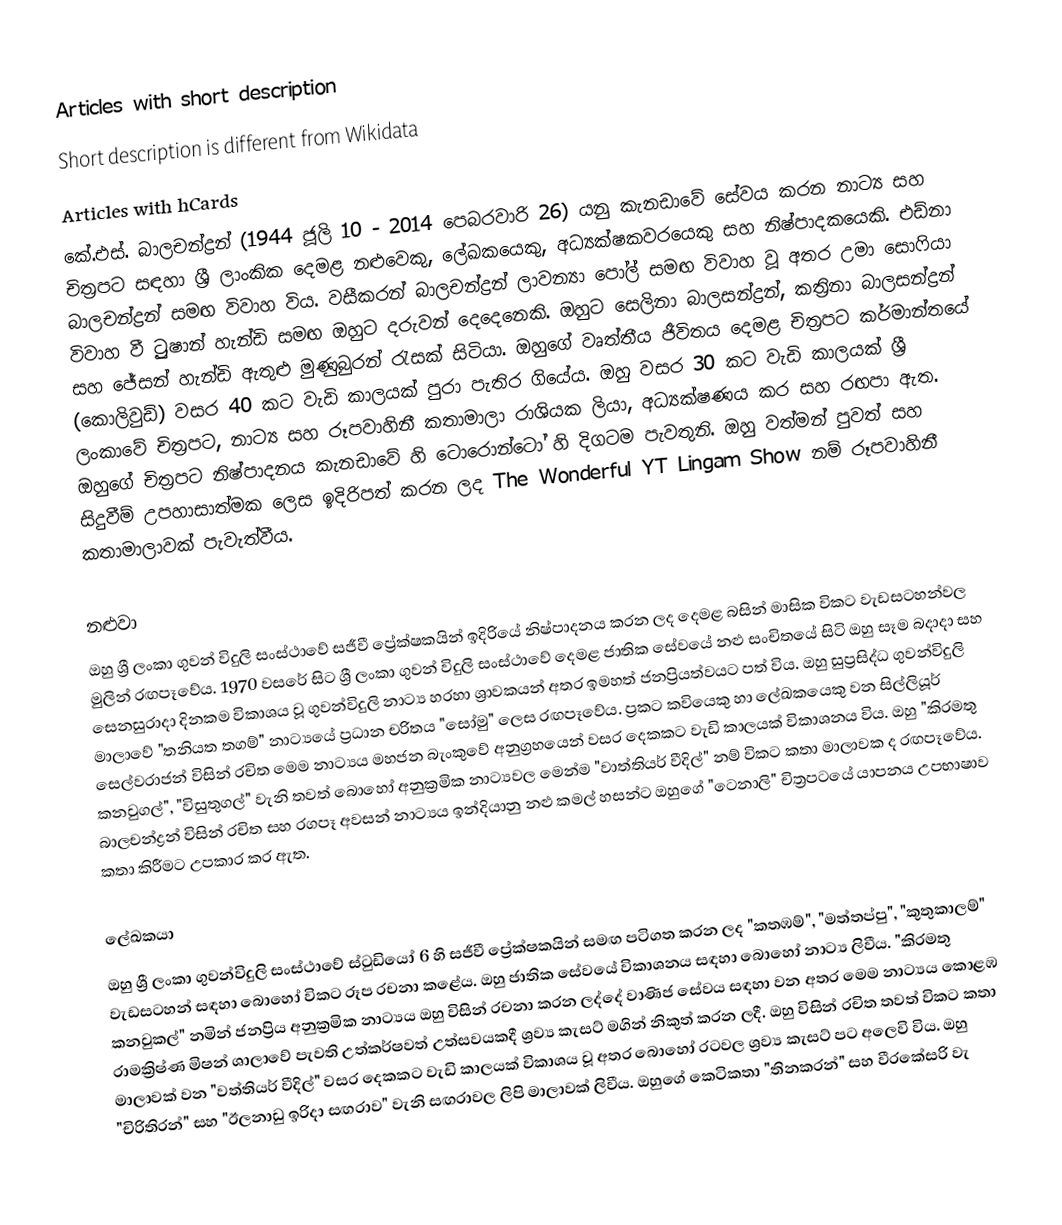
Articles with short description
Short description is different from Wikidata
Articles with hCards
කේ.එස්. බාලචන්ද්‍රන් (1944 ජූලි 10 - 2014 පෙබරවාරි 26) යනු කැනඩාවේ සේවය කරන නාට්‍ය සහ චිත්‍රපට සඳහා ශ්‍රී ලාංකික දෙමළ නළුවෙකු, ලේඛකයෙකු, අධ්‍යක්ෂකවරයෙකු සහ නිෂ්පාදකයෙකි. එඩ්නා බාලචන්ද්‍රන් සමඟ විවාහ විය. වසීකරන් බාලචන්ද්‍රන් ලාවන්‍යා පෝල් සමඟ විවාහ වූ අතර උමා සොෆියා විවාහ වී ට්‍රුෂාන් හැන්ඩි සමඟ ඔහුට දරුවන් දෙදෙනෙකි. ඔහුට සෙලිනා බාලසන්ද්‍රන්, කත්‍රිනා බාලසන්ද්‍රන් සහ ජේසන් හැන්ඩි ඇතුළු මුණුබුරන් රැසක් සිටියා.  ඔහුගේ වෘත්තීය ජීවිතය දෙමළ චිත්‍රපට කර්මාන්තයේ (කොලිවුඩ්) වසර 40 කට වැඩි කාලයක් පුරා පැතිර ගියේය. ඔහු වසර 30 කට වැඩි කාලයක් ශ්‍රී ලංකාවේ චිත්‍රපට, නාට්‍ය සහ රූපවාහිනී කතාමාලා රාශියක ලියා, අධ්‍යක්ෂණය කර සහ රඟපා ඇත. ඔහුගේ චිත්‍රපට නිෂ්පාදනය කැනඩාවේ  හි ටොරොන්ටෝ හි දිගටම පැවතුනි. ඔහු වත්මන් පුවත් සහ සිදුවීම් උපහාසාත්මක ලෙස ඉදිරිපත් කරන ලද The Wonderful YT Lingam Show නම් රූපවාහිනී කතාමාලාවක් පැවැත්වීය.

නළුවා
ඔහු ශ්‍රී ලංකා ගුවන් විදුලි සංස්ථාවේ සජීවී ප්‍රේක්ෂකයින් ඉදිරියේ නිෂ්පාදනය කරන ලද දෙමළ බසින් මාසික විකට වැඩසටහන්වල මුලින් රඟපෑවේය. 1970 වසරේ සිට ශ්‍රී ලංකා ගුවන් විදුලි සංස්ථාවේ දෙමළ ජාතික සේවයේ නළු සංචිතයේ සිටි ඔහු සෑම බදාදා සහ සෙනසුරාදා දිනකම විකාශය වූ ගුවන්විදුලි නාට්‍ය හරහා ශ්‍රාවකයන් අතර ඉමහත් ජනප්‍රියත්වයට පත් විය. ඔහු සුප්‍රසිද්ධ ගුවන්විදුලි මාලාවේ "තනියත තගම්" නාට්‍යයේ ප්‍රධාන චරිතය "සෝමු" ලෙස රඟපෑවේය. ප්‍රකට කවියෙකු හා ලේඛකයෙකු වන සිල්ලියූර් සෙල්වරාජන් විසින් රචිත මෙම නාට්‍යය මහජන බැංකුවේ අනුග්‍රහයෙන් වසර දෙකකට වැඩි කාලයක් විකාශනය විය. ඔහු "කිරමතු කනවුගල්", "විසුතුගල්" වැනි තවත් බොහෝ අනුක්‍රමික නාට්‍යවල මෙන්ම "වාත්තියර් වීදිල්" නම් විකට කතා මාලාවක ද රඟපෑවේය. බාලචන්ද්‍රන් විසින් රචිත සහ රගපෑ අවසන් නාට්‍යය ඉන්දියානු නළු කමල් හසන්ට ඔහුගේ "ටෙනාලි" චිත්‍රපටයේ යාපනය උපභාෂාව කතා කිරීමට උපකාර කර ඇත.

ලේඛකයා
ඔහු ශ්‍රී ලංකා ගුවන්විදුලි සංස්ථාවේ ස්ටුඩියෝ 6 හි සජීවී ප්‍රේක්ෂකයින් සමඟ පටිගත කරන ලද "කතඹම්", "මත්තප්පු", "කුතුකාලම්" වැඩසටහන් සඳහා බොහෝ විකට රූප රචනා කළේය. ඔහු ජාතික සේවයේ විකාශනය සඳහා බොහෝ නාට්‍ය ලිවීය. "කිරමතු කනවුකල්" නමින් ජනප්‍රිය අනුක්‍රමික නාට්‍යය ඔහු විසින් රචනා කරන ලද්දේ වාණිජ සේවය සඳහා වන අතර මෙම නාට්‍යය කොළඹ රාමක්‍රිෂ්ණ මිෂන් ශාලාවේ පැවති උත්කර්ෂවත් උත්සවයකදී ශ්‍රව්‍ය කැසට් මගින් නිකුත් කරන ලදී. ඔහු විසින් රචිත තවත් විකට කතා මාලාවක් වන "වත්තියර් වීදිල්" වසර දෙකකට වැඩි කාලයක් විකාශය වූ අතර බොහෝ රටවල ශ්‍රව්‍ය කැසට් පට අලෙවි විය. ඔහු "චිරිතිරන්" සහ "ඊලනාඩු ඉරිදා සඟරාව" වැනි සඟරාවල ලිපි මාලාවක් ලිවීය. ඔහුගේ කෙටිකතා "තිනකරන්" සහ වීරකේසරි වැ